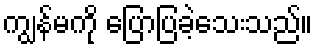
ကျွန်မကို ပြောပြခဲ့သေးသည်။